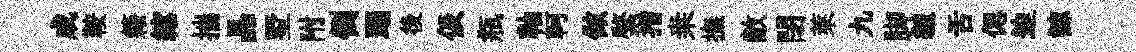
成鞍籍綰揣晶墅附倒蹋後伋瓶軸軻做綮指桒撫敝閉萊九脚貍舌偲迫諒